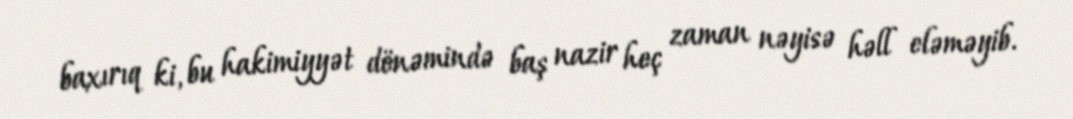
baxırıq ki, bu hakimiyyət dönəmində baş nazir heç zaman nəyisə həll eləməyib.